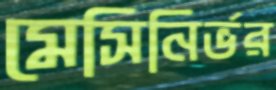
মেসিনির্ভর